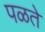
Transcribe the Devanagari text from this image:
पळते